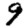
Digit: 9